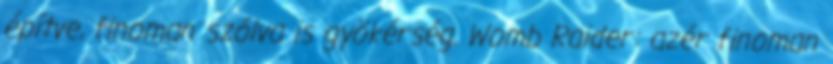
építve, finoman szólva is gyökérség. Womb Raider: azér finoman